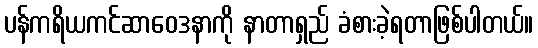
ပန်ကရိယကင်ဆာဝေဒနာကို နာတာရှည် ခံစားခဲ့ရတာဖြစ်ပါတယ်။